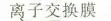
离子交换膜